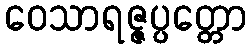
ဝေသာရဇ္ဇပ္ပတ္တော